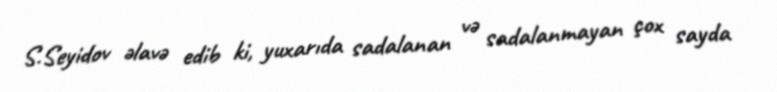
S.Seyidov əlavə edib ki, yuxarıda sadalanan və sadalanmayan çox sayda